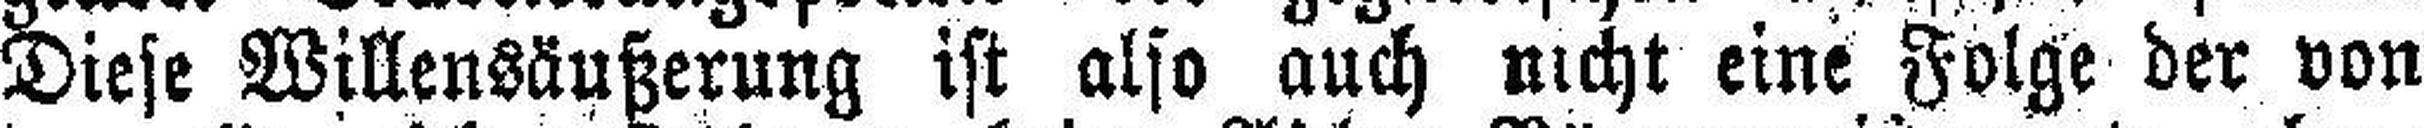
Diese Willensäußerung ist also auch nicht eine Folge der von